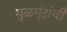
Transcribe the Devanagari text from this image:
मुळगुंदांची